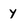
Character: y